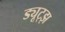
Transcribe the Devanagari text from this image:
ड्यूट्झ